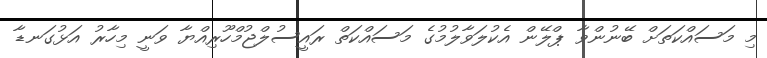
މި މަސައްކަތަށް ބޭނުންވާ ޕްލޭން އެކުލަވާލުމުގެ މަސައްކަތް ރައީސުލްޖުމްހޫރިއްޔާ ވަނީ މިހާރު އަޅުގަނޑާ